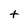
Character: t